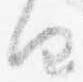
由